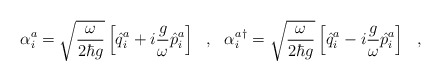
\begin{align*}\alpha^a_i=\sqrt{\frac{\omega}{2\hbar g}}\left[\hat{q}^a_i+i\frac{g}{\omega}\hat{p}^a_i\right]\ \ ,\ \ {\alpha^a_i}^\dagger=\sqrt{\frac{\omega}{2\hbar g}}\left[\hat{q}^a_i-i\frac{g}{\omega}\hat{p}^a_i\right]\ \ ,\end{align*}